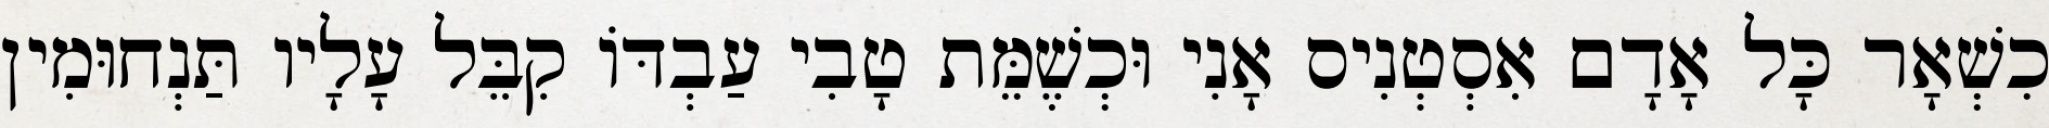
כִשְׁאָר כָּל אָדָם אִסְטְנִיס אָנִי וּכְשֶׁמֵּת טָבִי עַבְדּוֹ קִבֵּל עָלָיו תַּנְחוּמִין